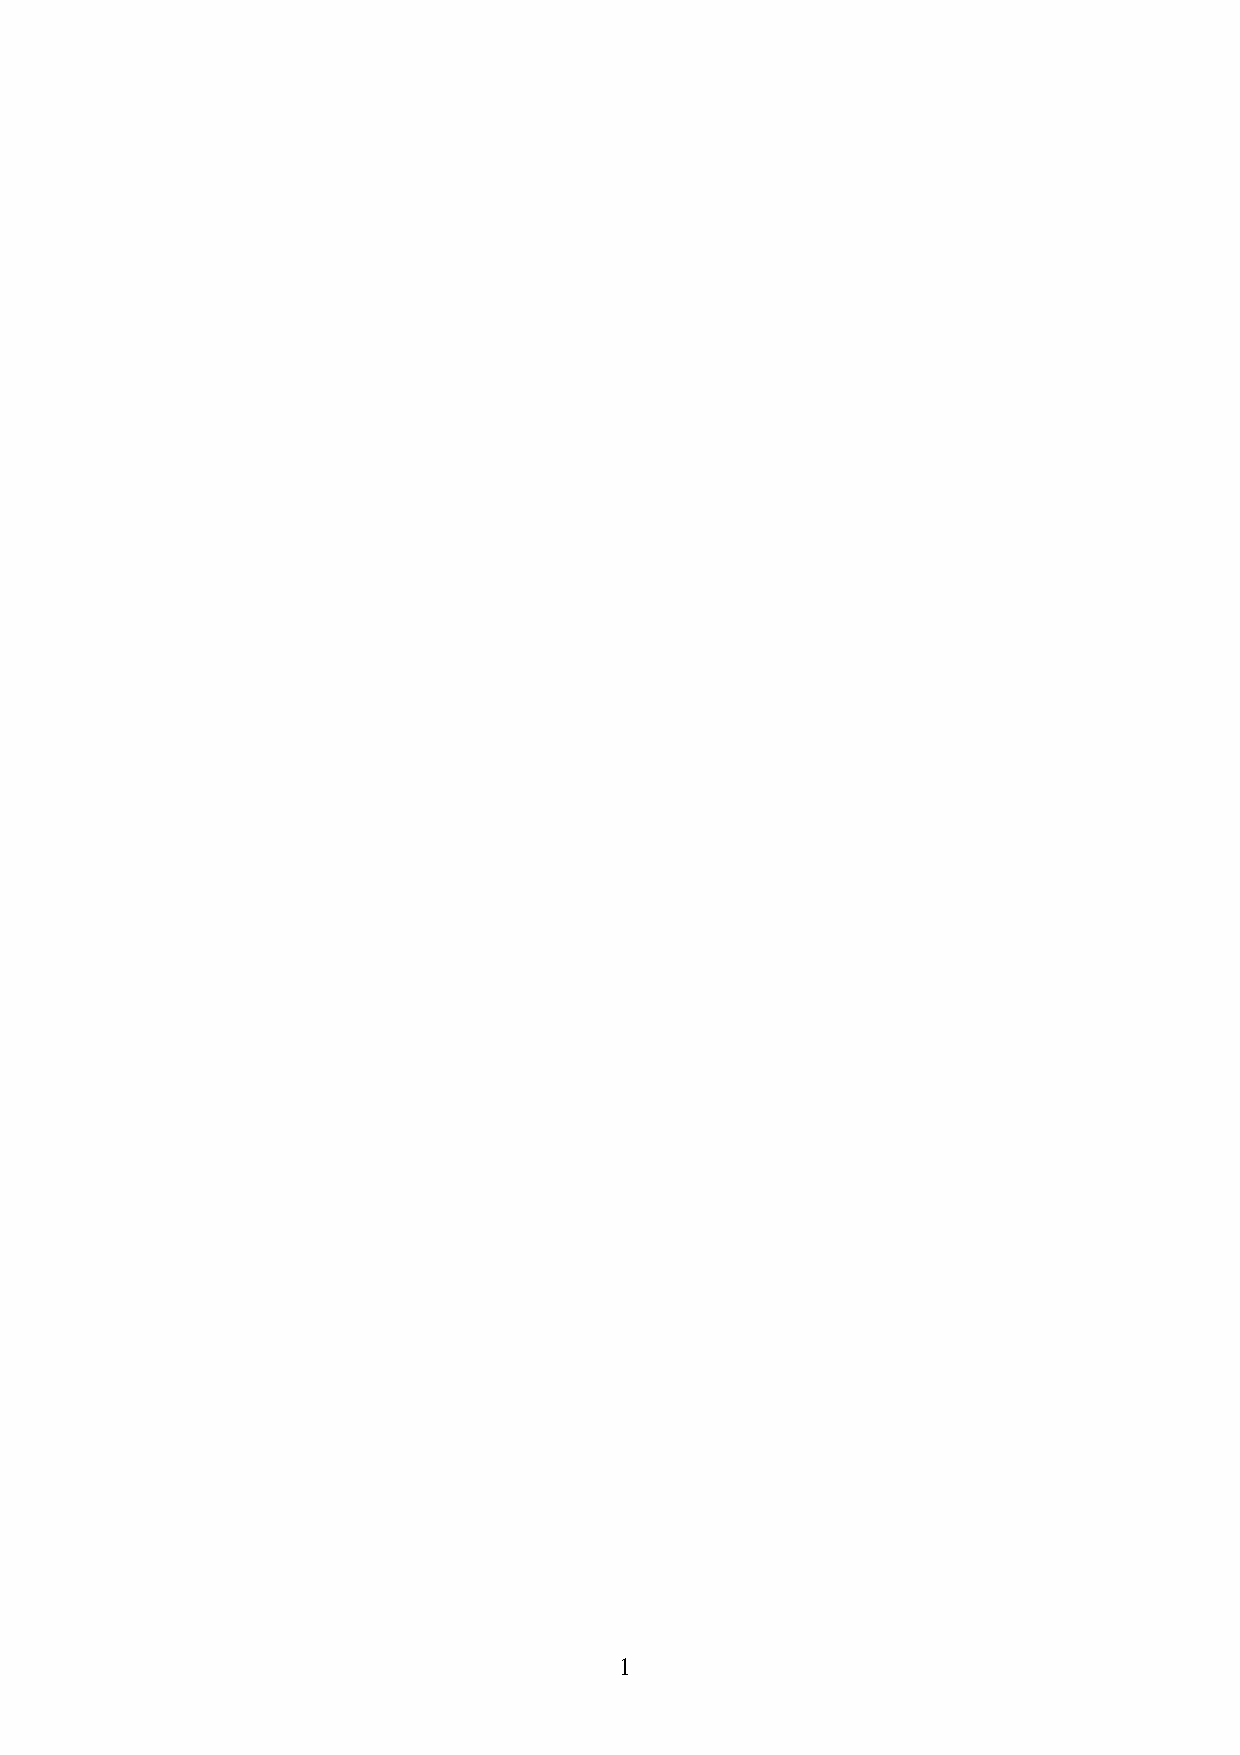
1